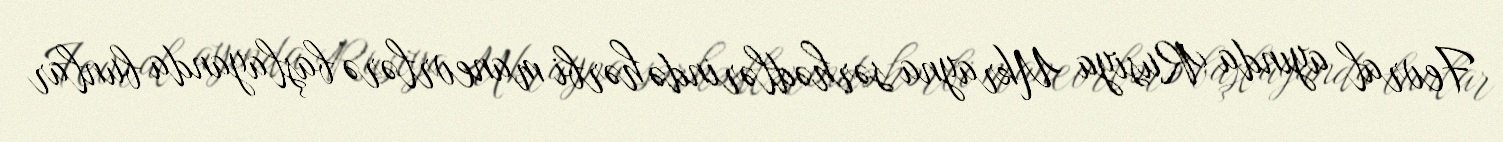
Fevral ayında Rusiya Ukrayna sərhədlərində hərbi manevrlərə başlayanda bunlar